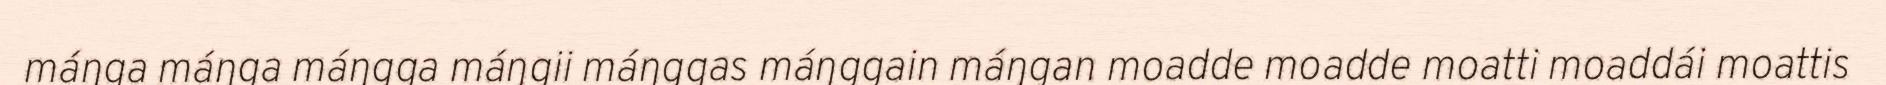
máŋga máŋga máŋgga máŋgii máŋggas máŋggain máŋgan moadde moadde moatti moaddái moattis